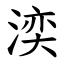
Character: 湙